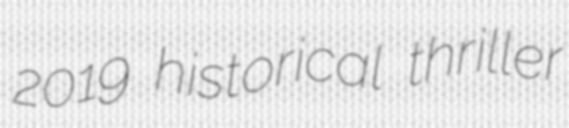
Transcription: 2019 historical thriller